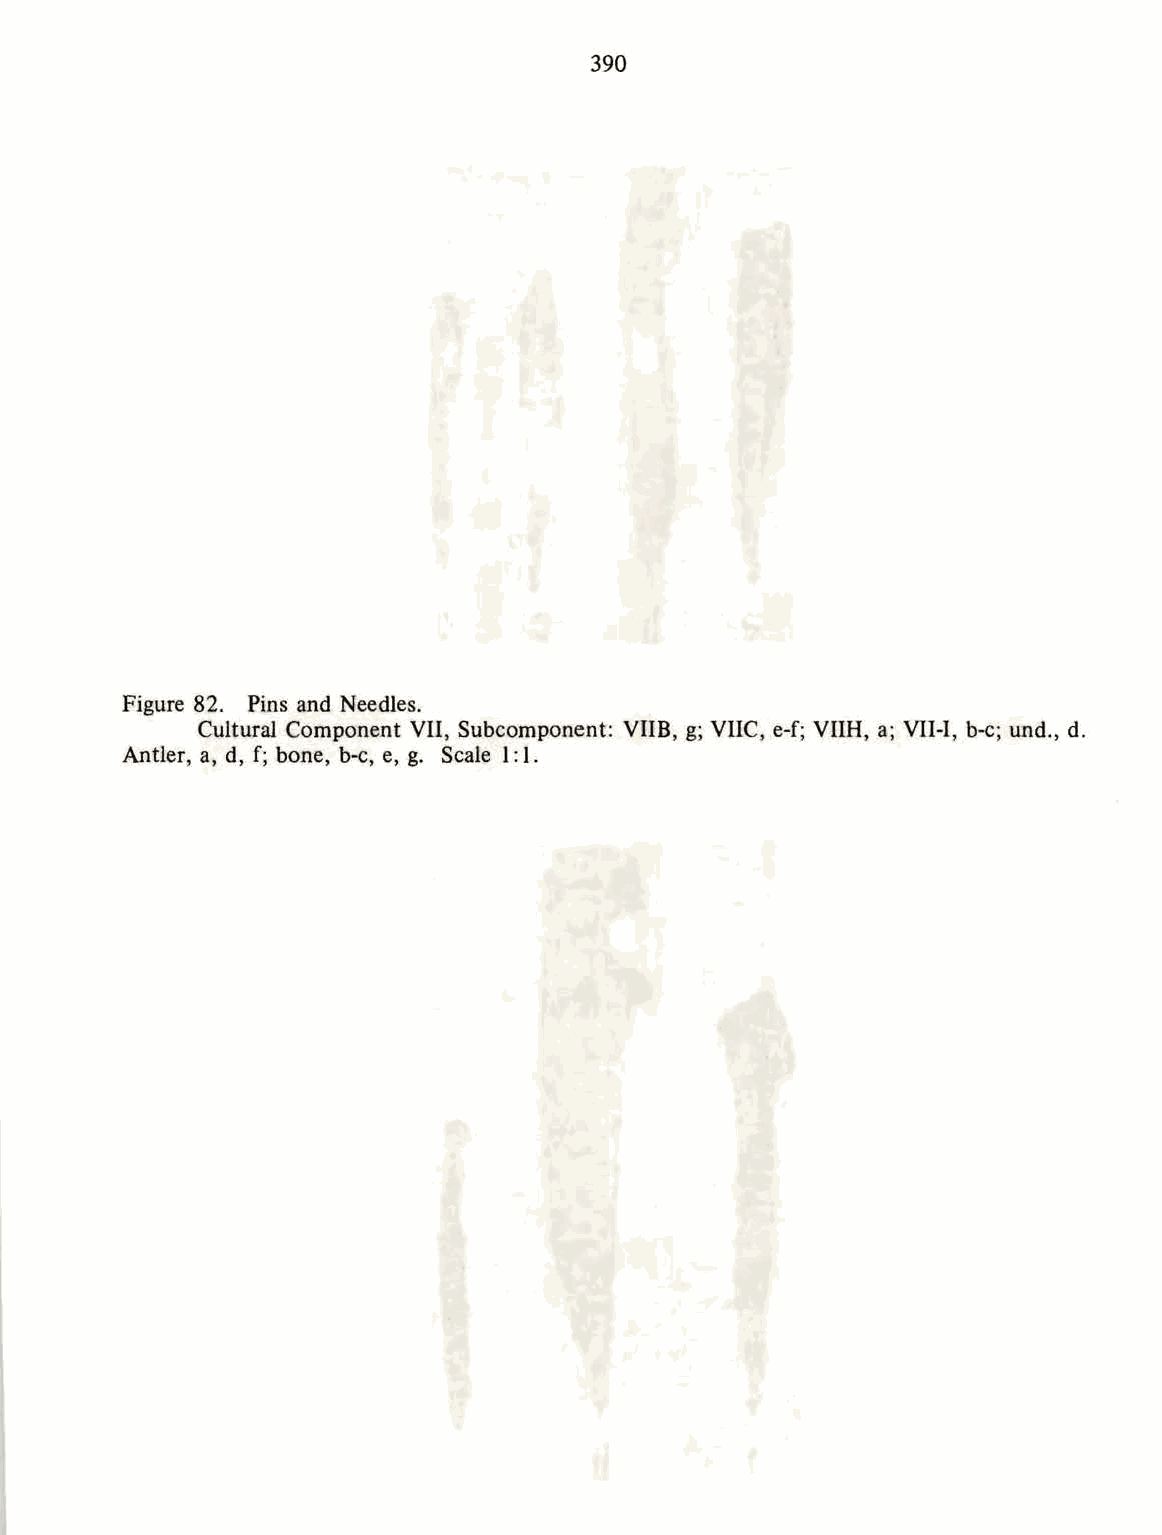
390
 Figure 82. Pins and Needles.
 Cultural Component Vll, Subcomponent: VIIB, g; VllC, e-f; VIIH, a; VII-I, b-e; und., d.
 Antler, a, d, f; bone, b-e, e, g. Scale 1: 1.